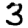
Digit: 3